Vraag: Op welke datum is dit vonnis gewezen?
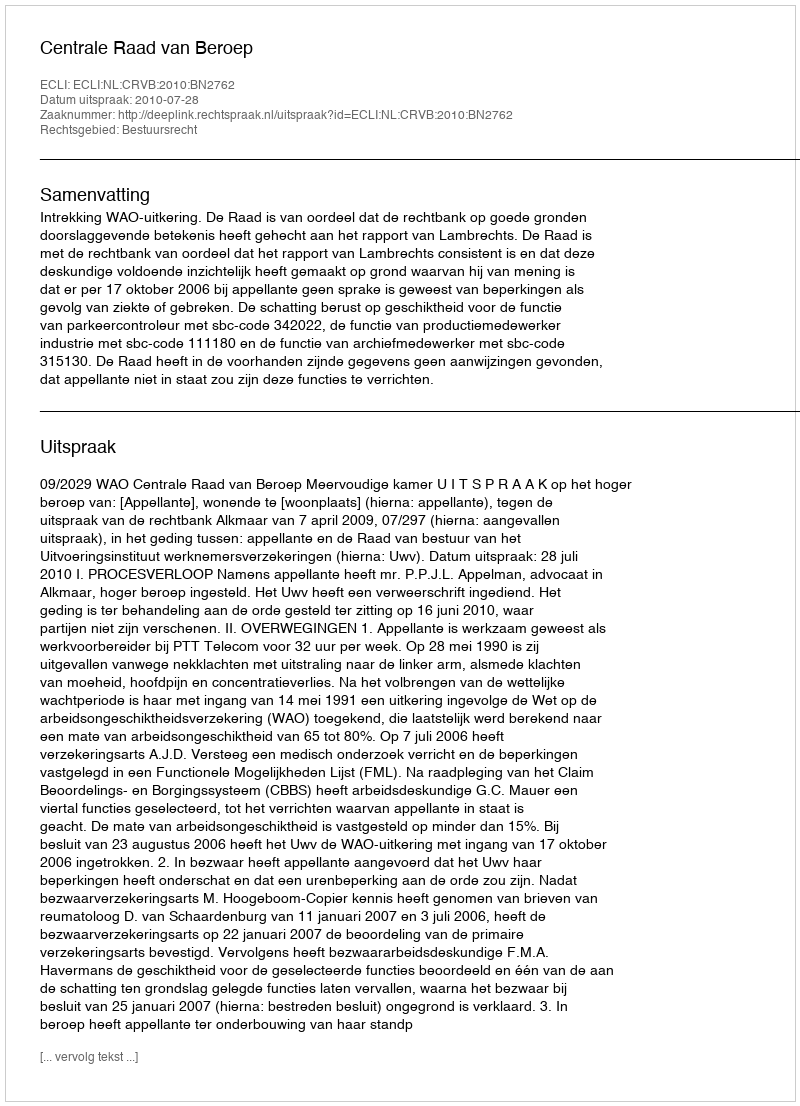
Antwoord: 2010-07-28